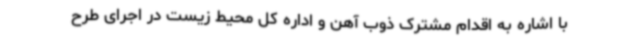
با اشاره به اقدام مشترک ذوب آهن و اداره کل محیط زیست در اجرای طرح